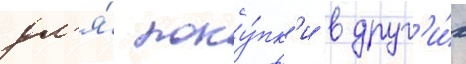
дл'я́ поку́пк'и в друг'и́х